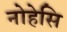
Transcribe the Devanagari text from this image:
नोहेसि